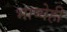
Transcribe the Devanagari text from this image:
भाष्येही